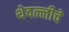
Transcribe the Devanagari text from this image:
थेवल्लीचे